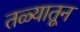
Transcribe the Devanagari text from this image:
तळ्यातून